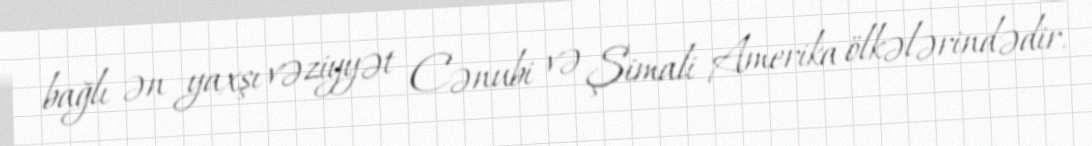
bağlı ən yaxşı vəziyyət Cənubi və Şimali Amerika ölkələrindədir.